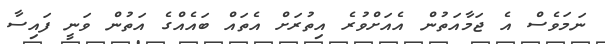
ނަމަވެސް އެ ޖަމާއަތުން އެއަށްވުރެ އިތުރަށް އެތައް ބައެއްގެ އަތުން ވަނީ ފައިސާ